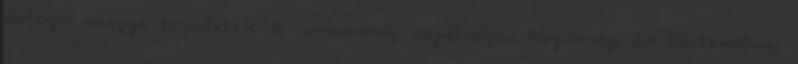
Kolozs megye területén. A románság sajátságos közösségi és történelmi